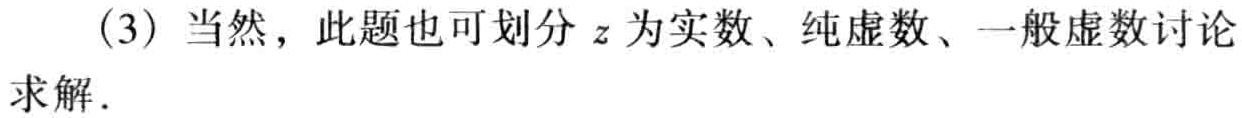
(3) 当然，此题也可划分 \(z\) 为实数、纯虚数、一般虚数讨论求解.